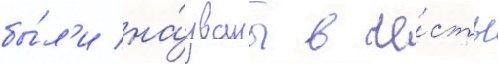
бы́л'и на́званы в че́сть